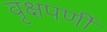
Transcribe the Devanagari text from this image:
वृक्षपर्णी